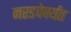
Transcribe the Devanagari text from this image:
नरडवेपर्यंत